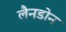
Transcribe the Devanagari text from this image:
लैनडोन